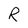
Character: R